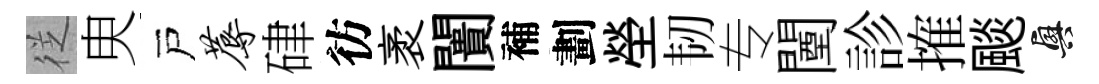
徔㬰戸蓐硉彷袤闠補劃塋韧专闉診搉颷興